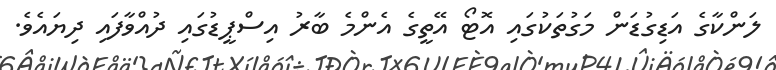
ލަންކާގެ އަޑިގުޑަން މަގުތަކުގައި އޮޓޯ އޭތީގެ އެންމެ ބާރު އިސްޕީޑުގައި ދުއްވާފައި ދިޔައެވެ.